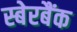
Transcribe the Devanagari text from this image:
स्बेरबैंक